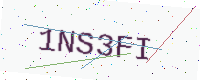
Text: 1NS3FI